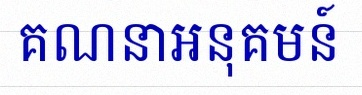
គណនាអនុគមន៍